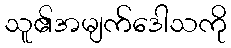
သူ၏အမျက်ဒေါသကို